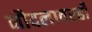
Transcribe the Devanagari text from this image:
नौदलावरही